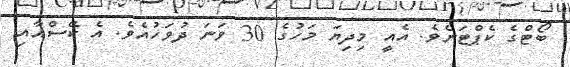
ބޯޓްގެ ކެޕްޓަނެވެ. އެއީ މިދިޔަ މަހުގެ 30 ވަނަ ދުވަހުއެވެ. އެ ކޭސްއާއި